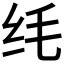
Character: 𫄜